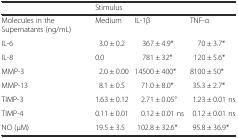
<table><thead><tr><td></td><td colspan="3"><b>Stimulus</b></td></tr></thead><tbody><tr><td>Molecules in the Supernatants (ng/mL)</td><td>Medium</td><td>IL-1β</td><td>TNF-α</td></tr><tr><td>IL-6</td><td>3.0 ± 0.2</td><td>367 ± 4.9*</td><td>70 ± 3.7*</td></tr><tr><td>IL-8</td><td>0.0</td><td>781 ± 32*</td><td>120 ± 5.6*</td></tr><tr><td>MMP-3</td><td>2.0 ± 0.00</td><td>14500 ± 400*</td><td>8100 ± 50*</td></tr><tr><td>MMP-13</td><td>8.1 ± 0.5</td><td>71.0 ± 8.0*</td><td>35.3 ± 2.7*</td></tr><tr><td>TIMP-3</td><td>1.63 ± 0.12</td><td>2.71 ± 0.05°</td><td>1.23 ± 0.01 ns</td></tr><tr><td>TIMP-4</td><td>0.11 ± 0.01</td><td>0.12 ± 0.01 ns</td><td>0.12 ± 0.01 ns</td></tr><tr><td>NO (μM)</td><td>19.5 ± 3.5</td><td>102.8 ± 32.6*</td><td>95.8 ± 36.9*</td></tr></tbody></table>